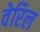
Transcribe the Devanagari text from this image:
वेरिल